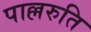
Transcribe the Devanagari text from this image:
पाल्लरुति